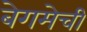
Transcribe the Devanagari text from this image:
बेगमेची